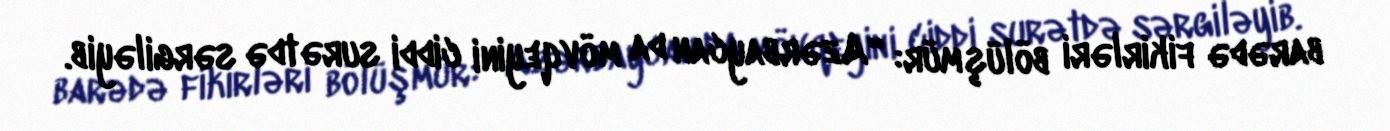
barədə fikirləri bölüşmür: “Azərbaycan da mövqeyini ciddi surətdə sərgiləyib.